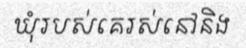
ឃុំរបស់គេរស់នៅនិង